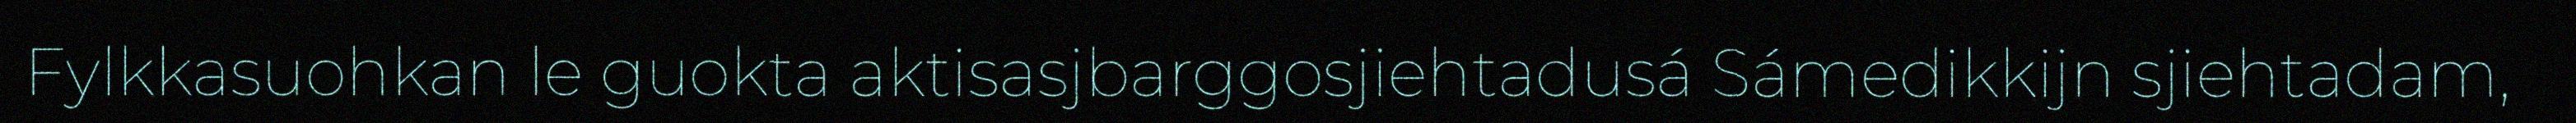
Fylkkasuohkan le guokta aktisasjbarggosjiehtadusá Sámedikkijn sjiehtadam,